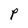
Character: P